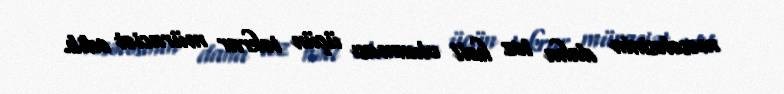
məsələsinin daha tez həll olunması üçün təkrar müraciət edib.